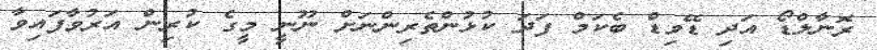
ރޮނާލްޑޯ އަދި ޑޭވިޑް ބެކަމް ފަދަ ކުޅުންތެރިންނަށް ނޫނީ މީގެ ކުރިން އަރުވާފައިވާ